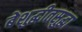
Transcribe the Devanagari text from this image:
बेशुद्धीतसुद्धा